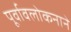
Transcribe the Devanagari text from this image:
पूर्वावलोकनाने